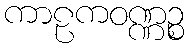
ကာဠကဝဏ္ဏဉ္စ